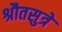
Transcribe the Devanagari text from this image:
श्रौतसुत्रे